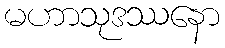
မဟာသုဒဿနော